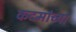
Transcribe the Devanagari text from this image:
कदमांच्या